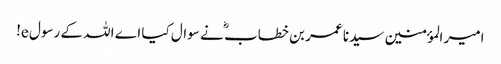
امیر المؤمنین سیدنا عمر بن خطاب ؓ نے سوال کیا اے اللہ کے رسول e!